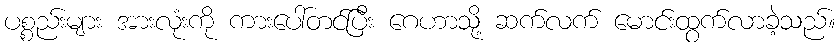
ပစ္စည်းများ အားလုံးကို ကားပေါ်တင်ပြီး ဂေဟာသို့ ဆက်လက် မောင်းထွက်လာခဲ့သည်။